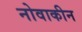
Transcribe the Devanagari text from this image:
नोवाकीन